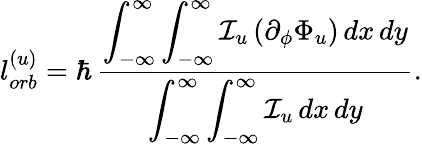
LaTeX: l_{orb}^{(u)}=\hbar\, \frac{\displaystyle\int_{-\infty}^{\infty}\int_{-\infty}^{\infty}\mathcal{I}_{u}\, (\partial_{\phi}\Phi_{u})\, dx\, dy}{\displaystyle\int_{-\infty}^{\infty}\int_{-\infty}^{\infty}\mathcal{I}_{u}\, dx\, dy}.